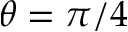
\theta = \pi / 4